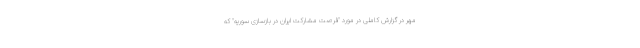
مهر در گزارش کاملی در مورد "فرصت مشارکت ایران در بازسازی سوریه" که